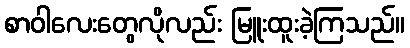
စာဝါလေးတွေလိုလည်း မြူးထူးခဲ့ကြသည်။